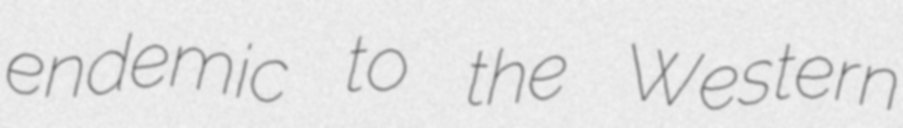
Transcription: endemic to the Western